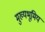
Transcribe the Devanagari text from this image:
मुख्यभूमिय